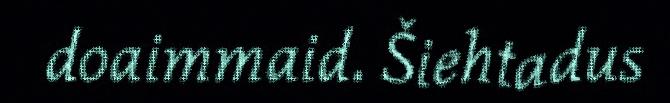
doaimmaid. Šiehtadus